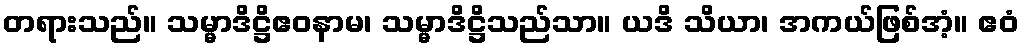
တရားသည်။ သမ္မာဒိဋ္ဌိဧဝနာမ၊ သမ္မာဒိဋ္ဌိသည်သာ။ ယဒိ သိယာ၊ အကယ်ဖြစ်အံ့။ ဧဝံ